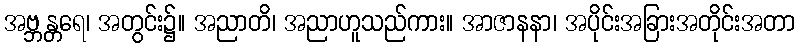
အဗ္ဘန္တရေ၊ အတွင်း၌။ အညာတိ၊ အညာဟူသည်ကား။ အာဇာနနာ၊ အပိုင်းအခြားအတိုင်းအတာ